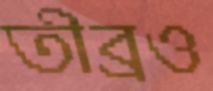
তীব্রও